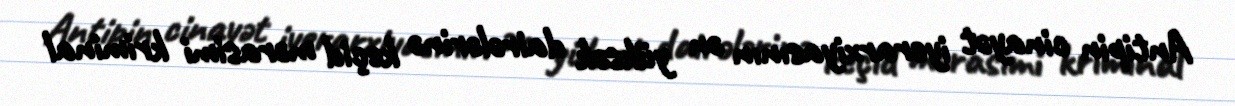
Antipin cinayət iyerarxiyasının ən yüksək dairələrinə keçid mərasimi kriminal